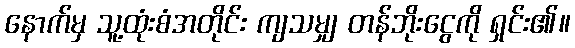
နောက်မှ သူ့ထုံးစံအတိုင်း ကျသမျှ တန်ဘိုးငွေကို ရှင်း၏။